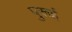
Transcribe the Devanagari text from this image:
पुरूई